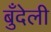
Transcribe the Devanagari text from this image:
बुँदेली